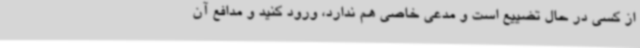
از کسی در حال تضییع است و مدعی خاصی هم ندارد، ورود کنید و مدافع آن